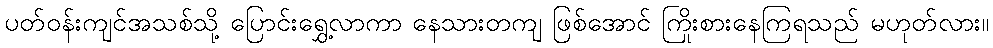
ပတ်ဝန်းကျင်အသစ်သို့ ပြောင်းရွှေ့လာကာ နေသားတကျ ဖြစ်အောင် ကြိုးစားနေကြရသည် မဟုတ်လား။